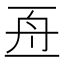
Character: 𠄭